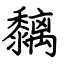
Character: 黐